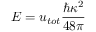
E = { u _ { t o t } } \frac { \hbar \kappa ^ { 2 } } { 4 8 \pi }